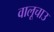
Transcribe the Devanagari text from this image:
वालूचाउ